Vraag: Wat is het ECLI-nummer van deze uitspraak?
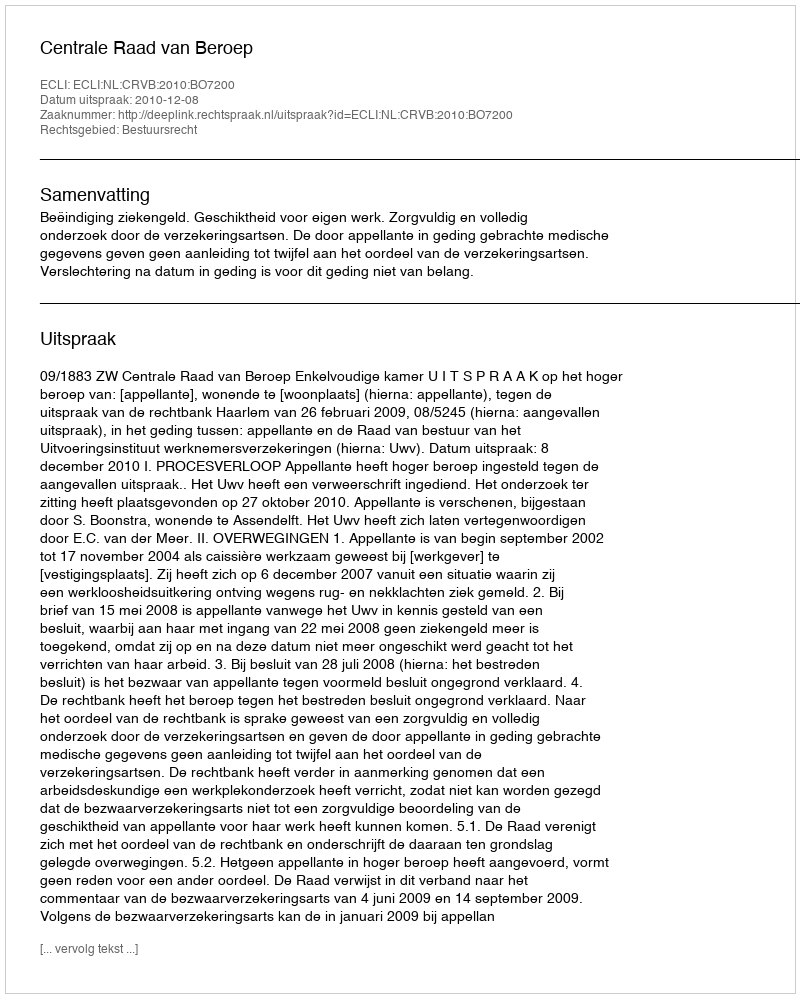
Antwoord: ECLI:NL:CRVB:2010:BO7200